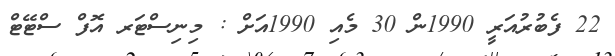
22 ފެބުރުއަރީ 1990ން 30 މެއި 1990އަށް : މިނިސްޓަރ އޮފް ސްޓޭޓް